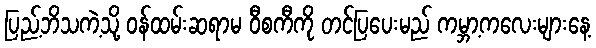
ပြည့်ဘိသကဲ့သို့ ဝန်ထမ်းဆရာမ ဝီစကီကို တင်ပြပေးမည် ကမ္ဘာ့ကလေးများနေ့